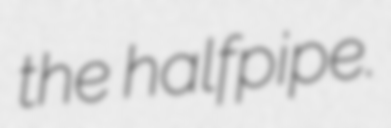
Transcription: the halfpipe.